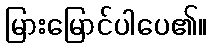
မြားမြောင်ပါပေ၏။